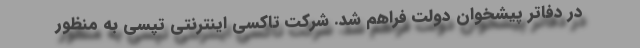
در دفاتر پیشخوان دولت فراهم شد. شرکت تاکسی اینترنتی تپسی به منظور